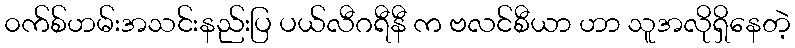
၀က်စ်ဟမ်းအသင်းနည်းပြ ပယ်လီဂရီနီ က ဗလင်စီယာ ဟာ သူအလိုရှိနေတဲ့